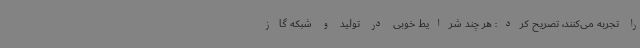
را تجربه می‌کنند، تصریح کرد: هر چند شرایط خوبی در تولید و شبکه گاز